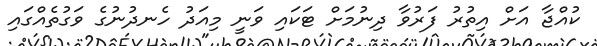
ކުއްޖާ އަށް އިތުރު ފަރުވާ ދިނުމަށް ޓަކައި ވަނީ މިއަދު ހެނދުނުގެ ވަގުތެއްގައި